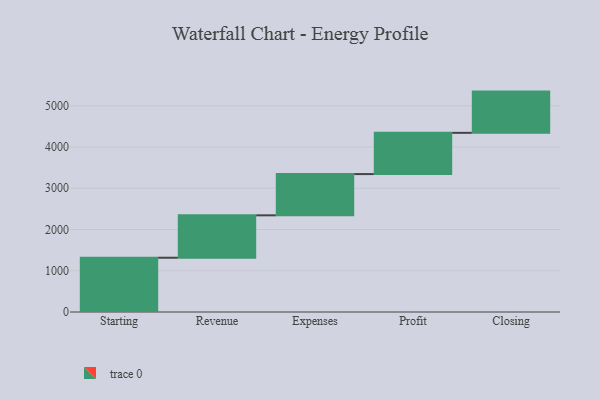
{"axis": {"x": "Step", "y": "Value"}, "legend": [""], "data": [{"x": "Starting", "y": 1316.0, "type": ""}, {"x": "Revenue", "y": 1028.0, "type": ""}, {"x": "Expenses", "y": 1000, "type": ""}, {"x": "Profit", "y": 1000, "type": ""}, {"x": "Closing", "y": 1000, "type": ""}]}